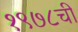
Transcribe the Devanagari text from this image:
१९७८ची